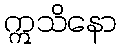
ဣသိနော